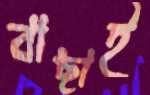
বাছাই